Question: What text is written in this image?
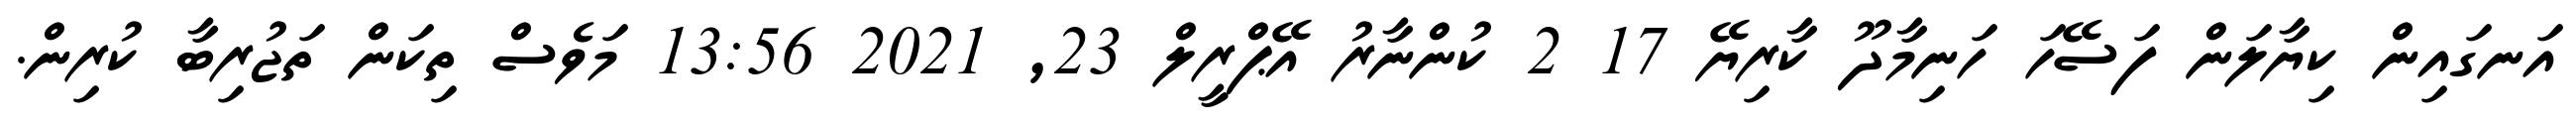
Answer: އަނގައިން ކިޔާލަން ފަސޭހަ ހަނިމާދޫ ކާރިޔޭ 17 2 ކުންނާރު އޭޕްރީލް 23, 2021 13:56 މަވެސް ތިކަން ތަޖުރިބާ ކުރިން.